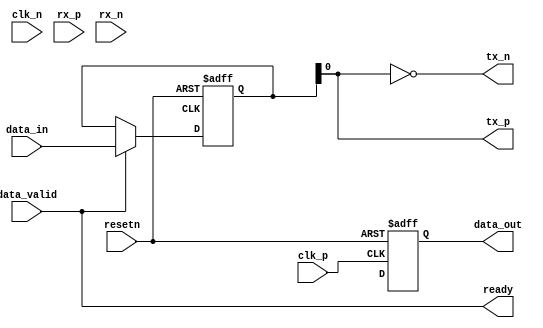
module gddr4_io_block (
    input wire clk_p,              // Positive clock input
    input wire clk_n,              // Negative clock input
    input wire [31:0] data_in,     // 32-bit parallel data input
    input wire data_valid,          // Data valid signal
    output wire [31:0] data_out,    // 32-bit parallel data output
    output wire tx_p,              // Positive differential data output
    output wire tx_n,              // Negative differential data output
    input wire rx_p,               // Positive differential data input
    input wire rx_n,               // Negative differential data input
    output wire ready,             // Ready signal
    input wire resetn              // Active low reset
);

// Internal signals
reg [31:0] serialized_data;
wire [31:0] deserialized_data;
wire clk_out;

// Serializer
always @(posedge clk_out or negedge resetn) begin
    if (!resetn) begin
        serialized_data <= 32'b0;
    end else if (data_valid) begin
        serialized_data <= data_in; // Load data on valid signal
    end
end

// Transmission Section
assign tx_p = serialized_data; // Output positive signal
assign tx_n = ~serialized_data; // Output negative signal

// Clock recovery and Deserializer
// This will be a placeholder; a real implementation would require a clock recovery circuit
always @(posedge clk_p or negedge resetn) begin
    if (!resetn) begin
        data_out <= 32'b0;
    end else begin
        // Placeholder for deserialization logic
        // In a real design, the clock recovery would be used to sample the incoming data
        data_out <= deserialized_data; // Assign deserialized data to output
    end
end

// Instantiate a simple BIST or calibration logic if necessary
// This part is left as a placeholder for future expansion

// Ready signal logic
assign ready = data_valid; // Set ready signal when data is valid

endmodule